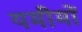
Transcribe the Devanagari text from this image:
यमीमों